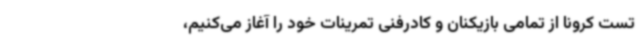
تست کرونا از تمامی بازیکنان و کادرفنی تمرینات خود را آغاز می‌کنیم،